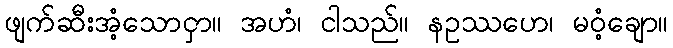
ဖျက်ဆီးအံ့သောငှာ။ အဟံ၊ ငါသည်။ နဥဿဟေ၊ မဝံ့ချော။